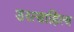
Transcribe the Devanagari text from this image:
शरत्साहित्य